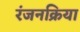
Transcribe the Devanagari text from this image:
रंजनक्रिया